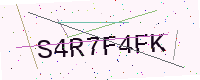
Text: S4R7F4FK